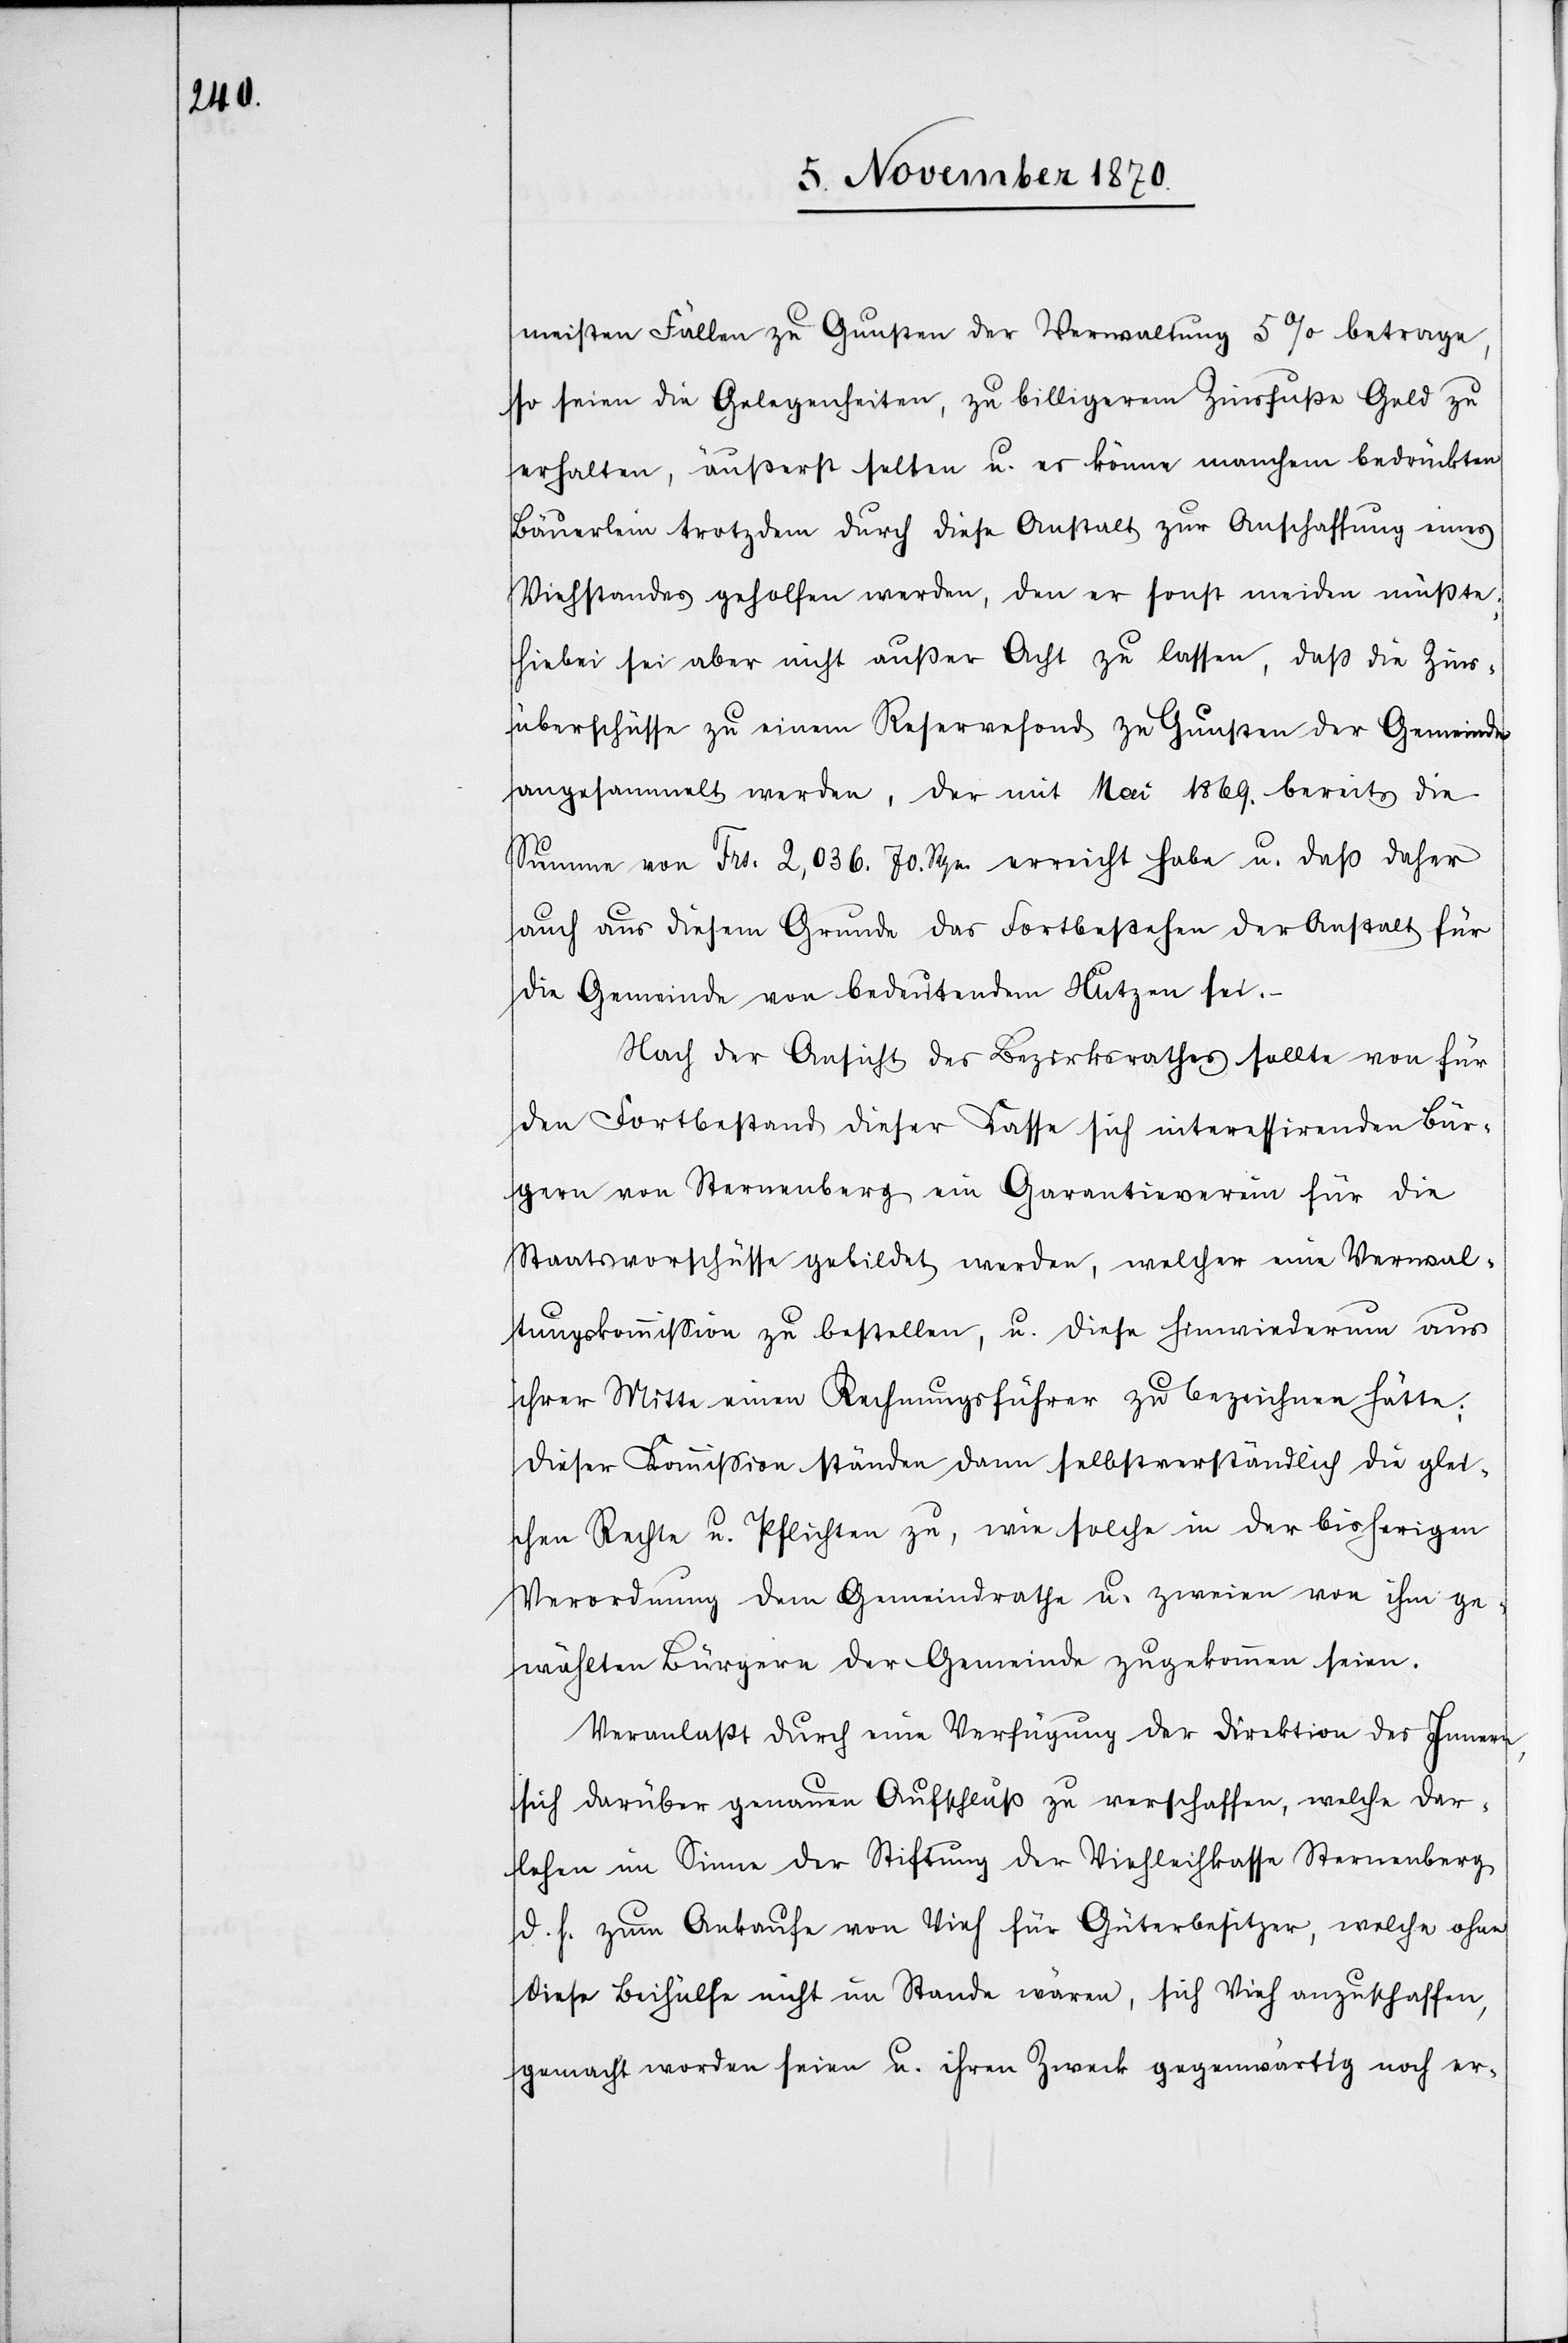
meisten Fällen zu Gunsten der Verwaltung 5% betrage,
so seien die Gelegenheiten, zu billigerem Zinsfuße Geld zu
erhalten, äußerst selten u. es könne manchem bedrückten
Bäuerlein trotzdem durch diese Anstalt zur Anschaffung eines
Viehstandes geholfen werden, den er sonst meiden müßte;
hiebei sei aber nicht außer Acht zu lassen, daß die Zins¬
überschüsse zu einem Reservefond zu Gunsten der Gemeinde
angesammelt werden, der mit Mai 1869. bereits die
Summe von Frs. 2,036. 70. Rpn. erreicht habe u. daß daher
auch aus diesem Grunde das Fortbestehen der Anstalt für
die Gemeinde von bedeutendem Nutzen sei.
Nach der Ansicht des Bezirksrathes sollte von für
den Fortbestand dieser Kasse sich interessirenden Bür¬
gern von Sternenberg ein Garantieverein für die
Staatsvorschüsse gebildet werden, welcher eine Verwal¬
tungskommißion zu bestellen, u. diese hiewiederum aus
ihrer Mitte einen Rechnungsführer zu bezeichnen hätte;
dieser Kommission ständen dann selbstverständlich die glei¬
chen Rechte u. Pflichten zu, wie solche in der bisherigen
Verordnung dem Gemeindrathe u. zweien von ihm ge¬
wählten Bürgern der Gemeinde zugekommen seien.
Veranlaßt durch eine Verfügung der Direktion des Innern,
sich darüber genauen Aufschluß zu verschaffen, welche Dar¬
lehen im Sinne der Stiftung der Viehleihkasse Sternenberg
d. h. zum Ankaufe von Vieh für Güterbesitzer, welche ohne
diese Behülfe nicht im Stande wären, sich Vieh anzuschaffen,
gemacht worden seien u. ihren Zweck gegenwärtig noch er-